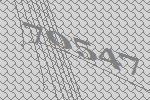
70547